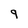
Character: g